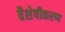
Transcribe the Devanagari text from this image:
वैशेषीकरण